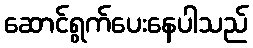
ဆောင်ရွက်ပေးနေပါသည်